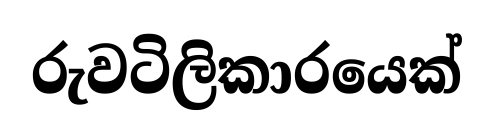
රුවටිලිකාරයෙක්